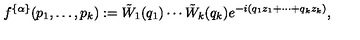
f ^ { \{ \alpha \} } ( p _ { 1 } , \ldots , p _ { k } ) : = \tilde { W } _ { 1 } ( q _ { 1 } ) \cdots \tilde { W } _ { k } ( q _ { k } ) e ^ { - i ( q _ { 1 } z _ { 1 } + \cdots + q _ { k } z _ { k } ) } ,